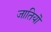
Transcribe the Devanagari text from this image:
जातियॊ